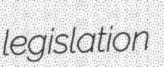
legislation